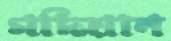
গদিয়ান